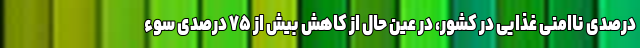
درصدی ناامنی غذایی در کشور، در عین حال از کاهش بیش از ۷۵ درصدی سوء